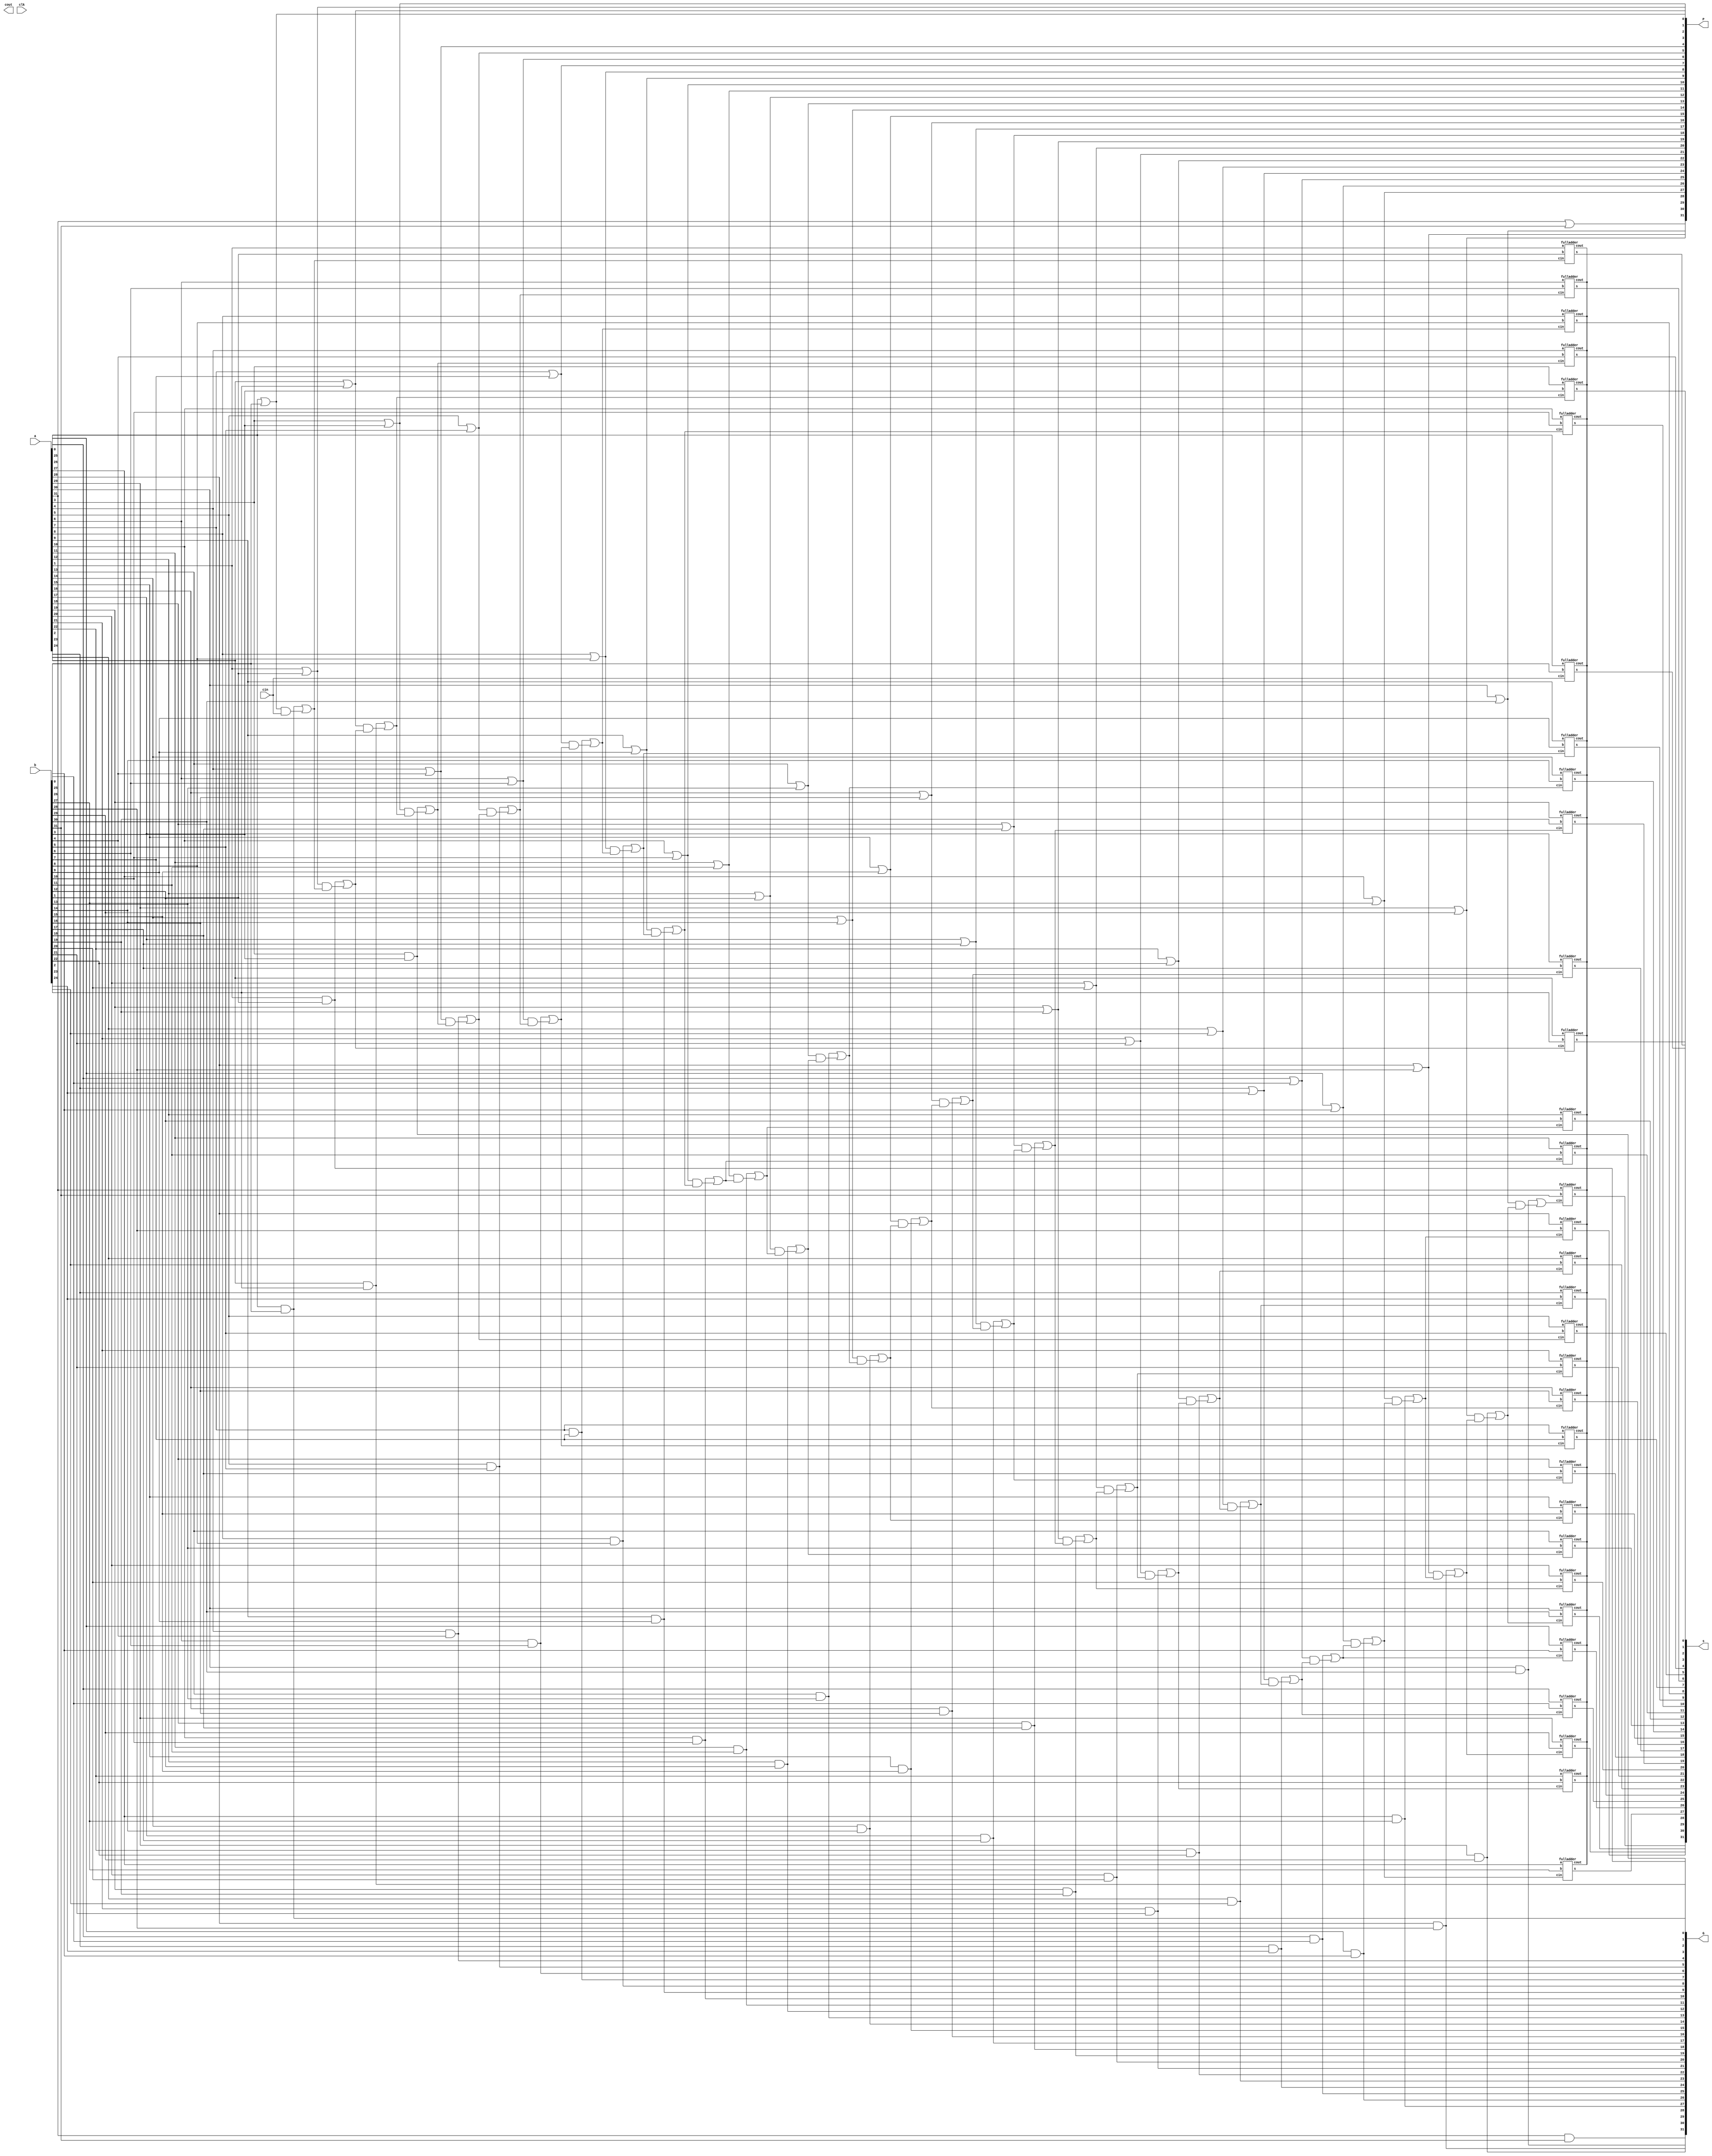
`ifndef _CLA_
`define _CLA_


//-----------------------Testbench Verison------------------
module carryLookaheadAdder #(parameter bitsizeRCA = 32)
   (input [bitsizeRCA-1:0] a, 
	input [bitsizeRCA-1:0] b, 
	output [bitsizeRCA:0] s, 
	input cin, 
	output cout, 
	output [bitsizeRCA-1:0] G,
	output [bitsizeRCA-1:0] P,
	input clk);

	wire [bitsizeRCA:0] carry;
	wire [bitsizeRCA:0] sum;
	//----------------FullAdder Logic----------------------
	genvar i;
	generate
		for (i = 0; i < bitsizeRCA; i = i + 1) begin : CLA1
			fulladder fa(
				.a(a[i]),
				.b(b[i]),
				.s(sum[i]),
				.cin(carry[i]),
				.cout()
				);
		end
	endgenerate 
	
	//------------Generate/Propagate/Carry------------------
	genvar j;
	generate 
		for (j = 0; j < bitsizeRCA; j = j + 1) begin : CLA2
			assign G[j] = a[j] & b[j];
			assign P[j] = a[j] | b[j];
			assign carry[j+1] = G[j] | (P[j] & carry[j]); 
		end
	endgenerate
	
	//------------------assignments---------------------
	assign carry[0] = cin;
	assign s = {carry[bitsizeRCA], sum};

endmodule

/*
//----------------------Quartus Version------------------------------
module carryLookaheadAdder #(parameter bitsizeRCA = 32)
   (input [bitsizeRCA-1:0] a, 
	input [bitsizeRCA-1:0] b, 
	output [bitsizeRCA:0] s, 
	input cin, 
	output reg cout, 
	output reg [bitsizeRCA-1:0] G,
	output reg [bitsizeRCA-1:0] P,
	input clk);


	//----------------variable declarations---------------
	reg [bitsizeRCA-1:0] a_reg;
	reg [bitsizeRCA-1:0] b_reg;
	wire [bitsizeRCA-1:0] s_reg;
	reg cin_reg;
	reg cout_reg;
	wire [bitsizeRCA-1:0] G_reg;
	wire [bitsizeRCA-1:0] P_reg;
	
	wire [bitsizeRCA:0] carry;

	
	//-------------initialization------------------
	initial begin
		//$display("This is where all the regs are initialized to zero %0d", $time); // for debugging
		a_reg <= 0;
		b_reg <= 0;
		cin_reg <= 0;
	end
	//-------------Register Delcaration-------------
	always @(posedge clk)
		begin
			//$display("This is where all the regs are given its values %0d", $time); // for debugging
			a_reg <= a;
			b_reg <= b;
			//s <= s_reg;
			cin_reg <= cin;
			cout <= cout_reg;
			G <= G_reg;
			P <= P_reg;
		end
	//----------------FullAdder Logic----------------------
	genvar i;
	generate
		for (i = 0; i < bitsizeRCA; i = i + 1) begin : CLA1
			fulladder fa(
				.a(a_reg[i]),
				.b(b_reg[i]),
				.s(s_reg[i]),
				.cin(carry[i]),
				.cout()
				);
		end
	endgenerate 
	//------------Generate/Propagate/Carry------------------
	genvar j;
	generate 
		for (j = 0; j < bitsizeRCA; j = j + 1) begin : CLA2
			assign G_reg[j] = a_reg[j] & b_reg[j];
			assign P_reg[j] = a_reg[j] | b_reg[j];
			assign carry[j+1] = G_reg[j] | (P_reg[j] & carry[j]); 
		end
	endgenerate
	//------------------assignments---------------------
	assign carry[0] = cin_reg;
	assign s = {carry[bitsizeRCA], s_reg};

endmodule

*/
//-------------------full adder 1bit--------------------
module fulladder(input a, input b, output s, input cin, output cout);
	assign s = a^b^cin;
	assign cout = ((a^b)&cin) | (a&b);
endmodule

`endif